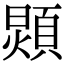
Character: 𩓺